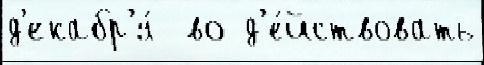
д'екабр'я́  во д'е́йствовать